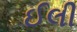
ઈલી